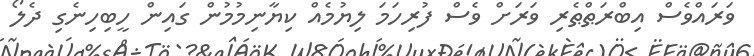
ވަރައްވެސް އިބްރަޠްޠެރި ވަރަށް ވެސް ފުރިހަމަ ލިޔުމެއް ކިޔާނިމުމުން ގައިން ހީބިހިނެގި ދެލޯ